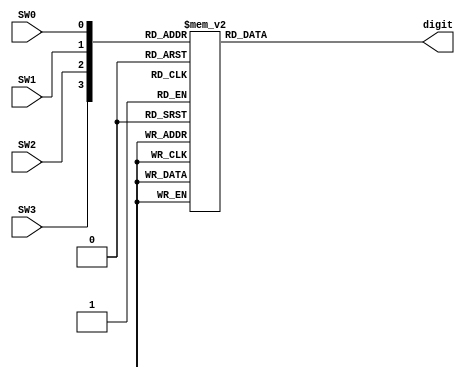
`timescale 1ns / 1ps
//////////////////////////////////////////////////////////////////////////////////
// Company: 
// Engineer: 
// 
// Design Name: 
// Module Name:    getDigit 
// Project Name: 
// Target Devices: 
// Tool versions: 
// Description: 
//
// Dependencies: 
//
// Revision: 
// Revision 0.01 - File Created
// Additional Comments: 
//
//////////////////////////////////////////////////////////////////////////////////
module getDigit(SW0, SW1, SW2, SW3, digit);

	input SW0, SW1, SW2, SW3;
	
	output reg [3:0] digit;

	//BASED ON THE STATUS OF THE SWITCHES, RETURNS THE HEXADECIMAL EQUIVALENT (CONVERTS BINARY -> HEX)
	always@(*)begin
		case({SW3, SW2, SW1, SW0})
			4'b0000:
				digit <= 4'h0;
			4'b0001:
				digit <= 4'h1;
			4'b0010:
				digit <= 4'h2;
			4'b0011:
				digit <= 4'h3;
			4'b0100:
				digit <= 4'h4;
			4'b0101:
				digit <= 4'h5;
			4'b0110:
				digit <= 4'h6;
			4'b0111:
				digit <= 4'h7;
			4'b1000:
				digit <= 4'h8;
			4'b1001:
				digit <= 4'h9;
			4'b1010:
				digit <= 4'ha;
			4'b1011:
				digit <= 4'hb;
			4'b1100:
				digit <= 4'hc;
			4'b1101:
				digit <= 4'hd;
			4'b1110:
				digit <= 4'he;
			4'b1111:
				digit <= 4'hf;
		endcase
	end


endmodule